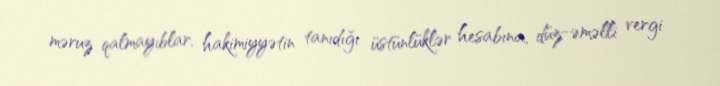
məruz qalmayıblar, hakimiyyətin tanıdığı üstünlüklər hesabına, düz-əməlli vergi